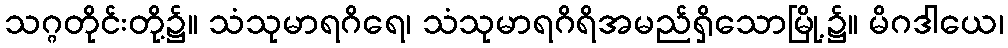
သဂ္ဂတိုင်းတို့၌။ သံသုမာရဂိရေ၊ သံသုမာရဂိရိအမည်ရှိသောမြို့၌။ မိဂဒါယေ၊